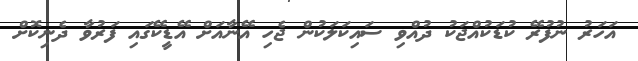
އަހަރު ނުފުރޭ ކުޑަކުއްޖަކު ދުއްވި ސައިކަލަކުން ޖެހި އޭނާއަށް އޭޑީކޭގައި ފަރުވާ ދެނިކޮށް